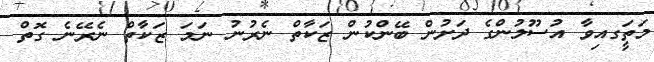
މަތީަގއިވާ އުސޫލުންގެ ދަށުން ބޭންކުން ޒަކާތް ނެރުނު ނަމަ ޒަކާތް ނެރޭނެ ގޮތް